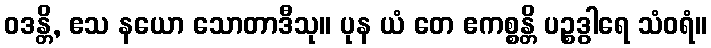
ဝဒန္တိ, ဧသ နယော သောတာဒီသု။ ပုန ယံ တေ ဧကစ္စန္တိ ပဉ္စဒွါရေ သံဝရံ။